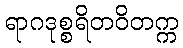
ရာဂဒုစ္စရိတဝိတက္က